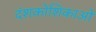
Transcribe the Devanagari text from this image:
दंशकोशिकाओं